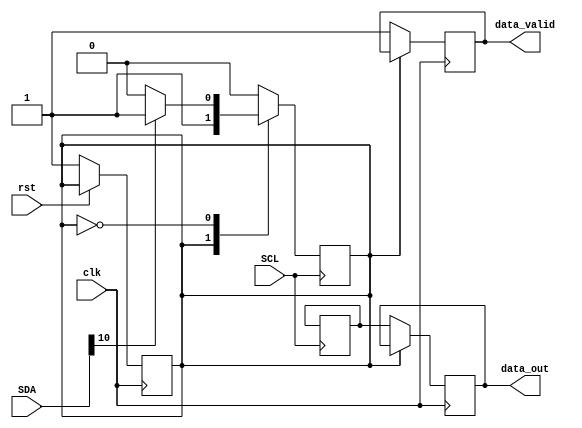
module slave1_PS2(input SCL,
                  input [10:0] SDA,
                  output reg [7:0] data_out,
                  output reg data_valid,
                  input clk,
                  input rst);
                  
                  wire parity;
					        reg state;
					        reg [2:0] bit_counter;
					        reg [7:0] data_out_reg;       
					        
					        parameter inactive_state=2'b01,
									          active_state=2'b11,
									          parity_state=2'b10,
									          valid_state=2'b00;
									          
									assign parity=data_out_reg[0]^data_out_reg[1]^
					                      data_out_reg[2]^data_out_reg[3]^data_out_reg[4]^
					                      data_out_reg[5]^data_out_reg[6]^data_out_reg[7];
					                      
					                      
					        always@(negedge SCL)
					        begin
					        
					        case(state)
					        
					        inactive_state: begin
					        
					           if(SCL&&SDA[0]) begin
					             state<=active_state;
					             bit_counter<=3'h0;
					           end
					           
					           else state<=inactive_state;
					        end
					        
					        active_state: begin
					          
					           data_out_reg[bit_counter]<=SDA[bit_counter+1'b1];
					           bit_counter<=bit_counter+1'b1;
					        
					           if(bit_counter==3'h7)
					             state<=parity_state;
					        end
					          
					        parity_state: begin
					        
					           if(parity==SDA[9]) 
					             state<=valid_state;
					            
					             
					        
					        end
					        
					        valid_state: begin
					          
					           if(SDA[10])
					             state<=inactive_state;  
					             
					        end
					        
					        default: state<=inactive_state;
					        
					        endcase
					        
					        end
					        
					        always@(posedge clk) begin
					          
					             if(state==valid_state) begin
					               
					               data_valid<=1'b1;
					               data_out<=data_out_reg;
					               end
					               
					               if(~rst) state<=inactive_state;
					               
					               end
					               
endmodule